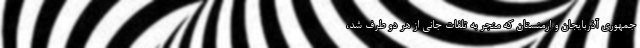
جمهوری آذربایجان و ارمنستان که منجر به تلفات جانی از هر دو طرف شد،